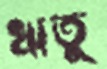
ঋতু